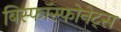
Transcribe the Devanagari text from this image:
बिस्फॉस्फोनेट्स